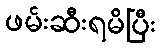
ဖမ်းဆီးရမိပြီး